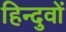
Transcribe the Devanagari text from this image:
हिन्दुवों